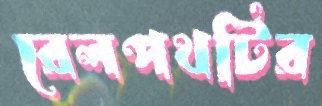
রেলপথটির